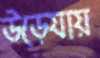
উড়েযায়